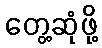
တွေ့ဆုံဖို့